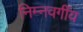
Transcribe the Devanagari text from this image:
निम्‍नवर्गीय